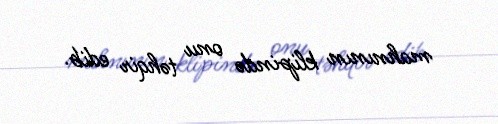
mahnının klipində onu təhqir edib.